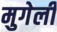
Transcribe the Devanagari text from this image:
मुगेली